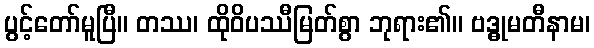
ပွင့်တော်မူပြီ။ တဿ၊ ထိုဝိပဿီမြတ်စွာ ဘုရား၏။ ဗဒ္ဓုမတီနာမ၊